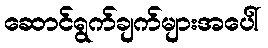
ဆောင်ရွက်ချက်များအပေါ်